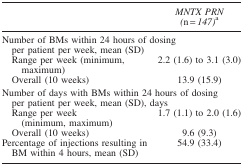
|  | MNTX PRN (n=147)a |
 | --- | --- |
 | <COLSPAN=2> Number of BMs within 24 hours of dosing per patient per week, mean (SD) |
 | Range per week (minimum, maximum) | 2.2 (1.6) to 3.1 (3.0) |
 | Overall (10 weeks) | 13.9 (15.9) |
 | <COLSPAN=2> Number of days with BMs within 24 hours of dosing per patient per week, mean (SD), days |
 | Range per week (minimum, maximum) | 1.7 (1.1) to 2.0 (1.6) |
 | Overall (10 weeks) | 9.6 (9.3) |
 | Percentage of injections resulting in BM within 4 hours, mean (SD) | 54.9 (33.4) |